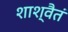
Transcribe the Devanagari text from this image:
शाश्वैतं